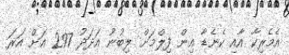
އެމެރިކާ އާއި ކެނެޑާ އިން ފިލްމަށް ލިބުނު އަދަދު 297 އަށް އަރަ